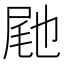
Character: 𭕟